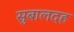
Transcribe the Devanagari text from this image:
सुबालदह